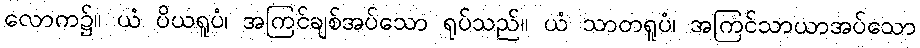
လောက၌။ ယံ ပိယရူပံ၊ အကြင်ချစ်အပ်သော ရုပ်သည်။ ယံ သာတရူပံ၊ အကြင်သာယာအပ်သော